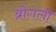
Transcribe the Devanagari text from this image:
ब्रोगली